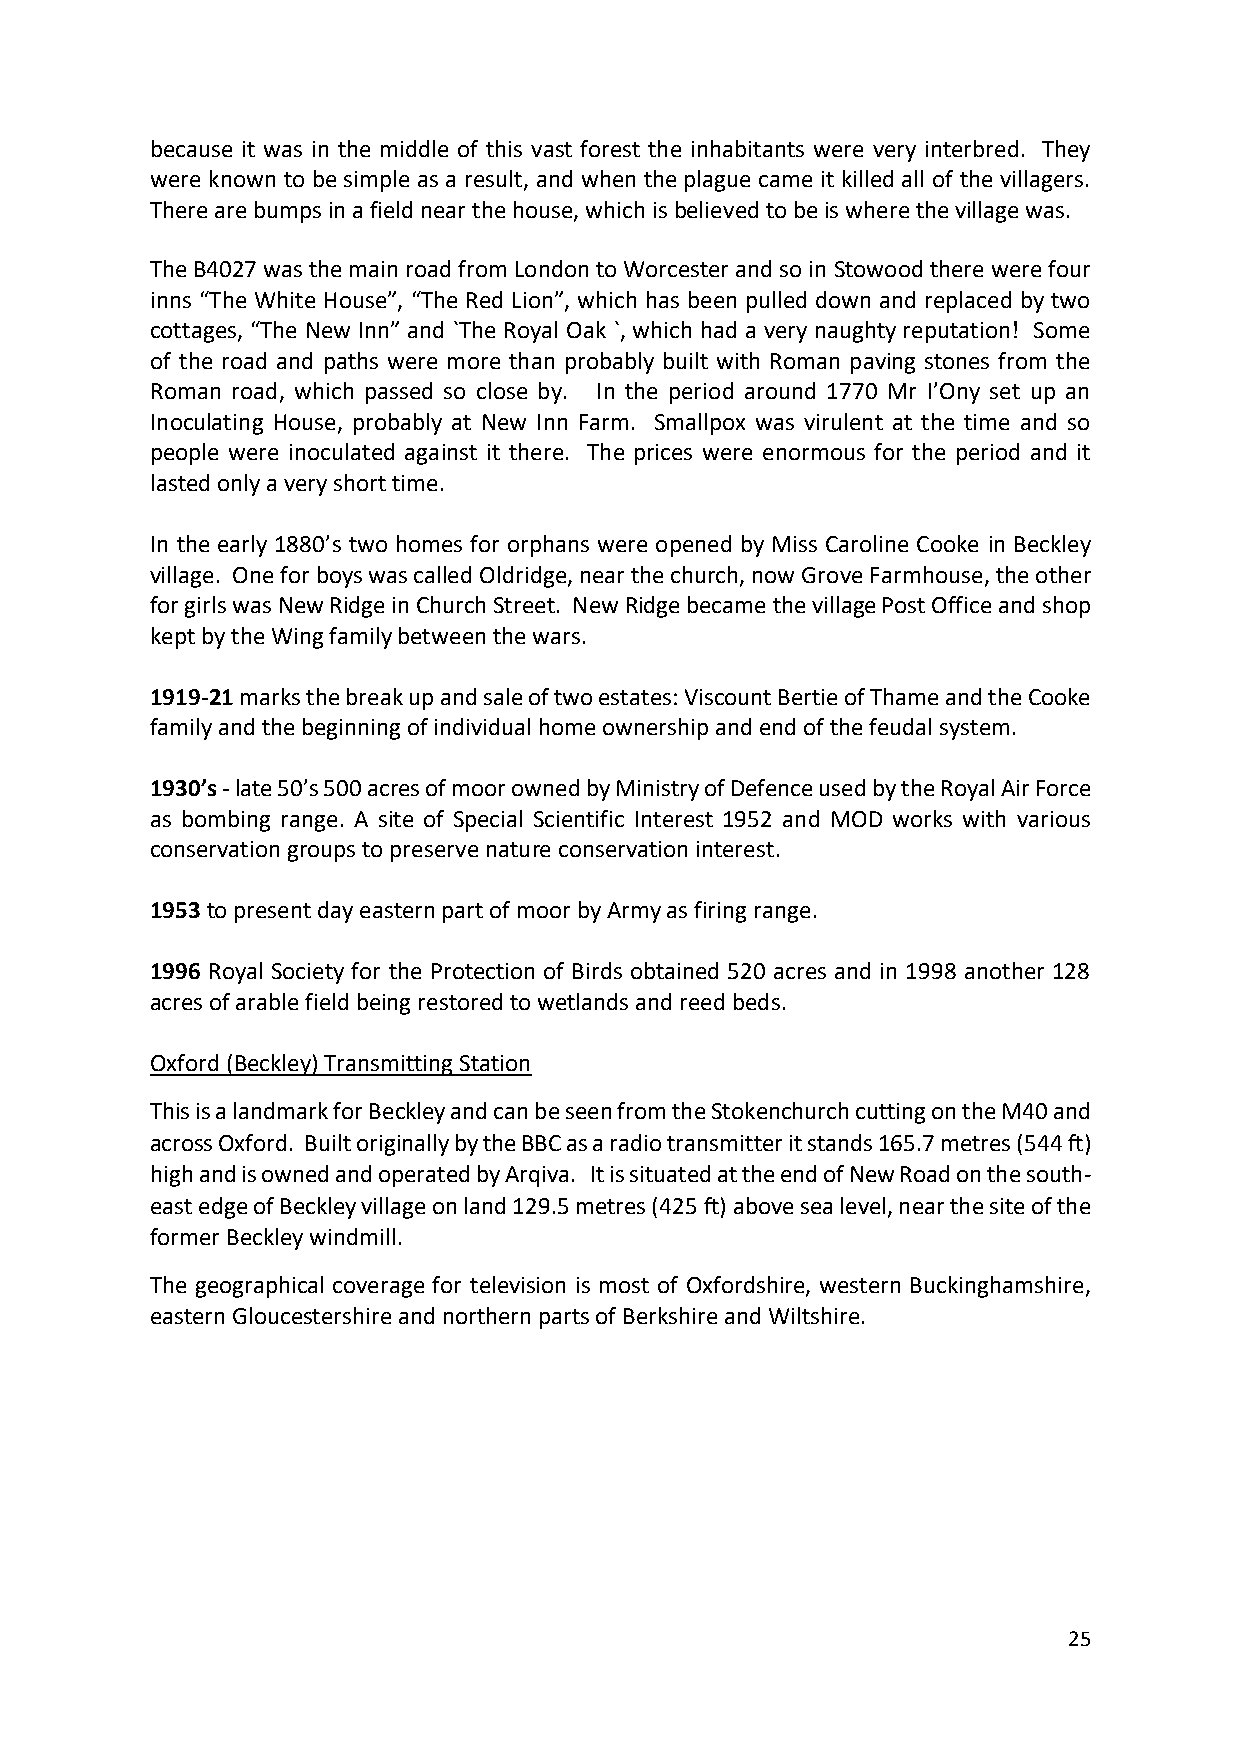
because it was in the middle of this vast forest the inhabitants were very interbred. They
 were known to be simple as a result, and when the plague came it killed all of the villagers.
 There are bumps in a field near the house, which is believed to be is where the village was.
 The B4027 was the main road from London to Worcester and so in Stowood there were four
 inns “The White House”, “The Red Lion”, which has been pulled down and replaced by two
 cottages, “The New Inn” and `The Royal Oak `, which had a very naughty reputation! Some
 of the road and paths were more than probably built with Roman paving stones from the
 Roman road, which passed so close by. In the period around 1770 Mr I’Ony set up an
 Inoculating House, probably at New Inn Farm. Smallpox was virulent at the time and so
 people were inoculated against it there. The prices were enormous for the period and it
 lasted only a very short time.
 In the early 1880’s two homes for orphans were opened by Miss Caroline Cooke in Beckley
 village. One for boys was called Oldridge, near the church, now Grove Farmhouse, the other
 for girls was New Ridge in Church Street. New Ridge became the village Post Office and shop
 kept by the Wing family between the wars.
 1919-21 marks the break up and sale of two estates: Viscount Bertie of Thame and the Cooke
 family and the beginning of individual home ownership and end of the feudal system.
 1930’s - late 50’s 500 acres of moor owned by Ministry of Defence used by the Royal Air Force
 as bombing range. A site of Special Scientific Interest 1952 and MOD works with various
 conservation groups to preserve nature conservation interest.
 1953 to present day eastern part of moor by Army as firing range.
 1996 Royal Society for the Protection of Birds obtained 520 acres and in 1998 another 128
 acres of arable field being restored to wetlands and reed beds.
 Oxford (Beckley) Transmitting Station
 This is a landmark for Beckley and can be seen from the Stokenchurch cutting on the M40 and
 across Oxford. Built originally by the BBC as a radio transmitter it stands 165.7 metres (544 ft)
 high and is owned and operated by Arqiva. It is situated at the end of New Road on the south-
 east edge of Beckley village on land 129.5 metres (425 ft) above sea level, near the site of the
 former Beckley windmill.
 The geographical coverage for television is most of Oxfordshire, western Buckinghamshire,
 eastern Gloucestershire and northern parts of Berkshire and Wiltshire.
 25